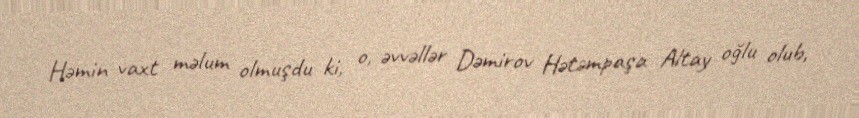
Həmin vaxt məlum olmuşdu ki, o, əvvəllər Dəmirov Hətəmpaşa Altay oğlu olub,